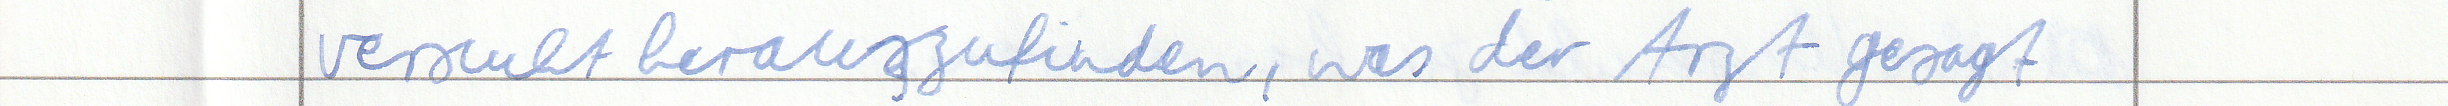
versucht herauszufinden, was der Arzt gesagt